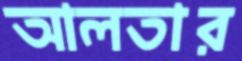
আলতার